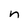
Character: n